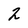
Character: 2